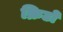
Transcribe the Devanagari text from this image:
क्रिटो